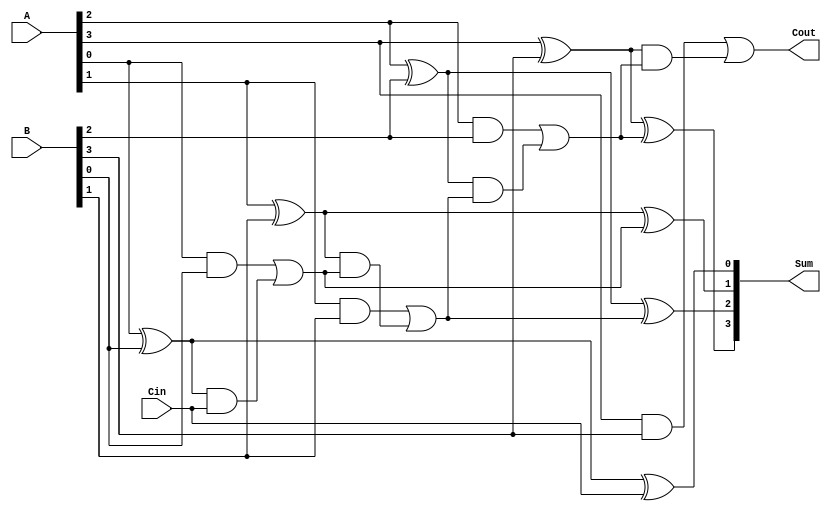
module ParallelFullAdder #(parameter N = 4) (
    input  [N-1:0] A,      // N-bit input A
    input  [N-1:0] B,      // N-bit input B
    input         Cin,      // Carry input
    output [N-1:0] Sum,     // N-bit Sum output
    output        Cout       // Carry output
);

    wire [N:0] carry; // Internal carry wires

    // Assign the initial carry-in
    assign carry[0] = Cin;

    // Generate the Full Adder for each bit
    genvar i;
    generate
        for (i = 0; i < N; i = i + 1) begin: full_adder
            // Sum calculation
            assign Sum[i] = A[i] ^ B[i] ^ carry[i];

            // Carry calculation
            assign carry[i + 1] = (A[i] & B[i]) | ((A[i] ^ B[i]) & carry[i]);
        end
    endgenerate

    // The final carry-out is the last carry in the array
    assign Cout = carry[N];

endmodule